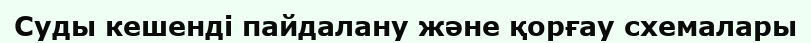
Суды кешенді пайдалану және қорғау схемалары